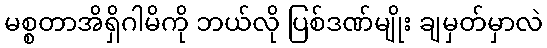
မစ္စတာအိရှိဂါမိကို ဘယ်လို ပြစ်ဒဏ်မျိုး ချမှတ်မှာလဲ